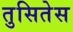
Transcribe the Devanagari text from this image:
तुसितेस